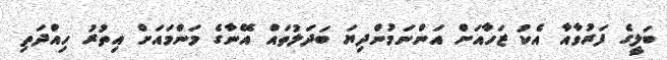
ބަލީގެ ފަރުވާއާ އެކު ޒަހާއަށް އަންނަމުންދިޔަ ބަދަލުތައް އޭނާގެ މަންމައަށް އިތުރު ހިއްދަތި